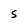
Character: S